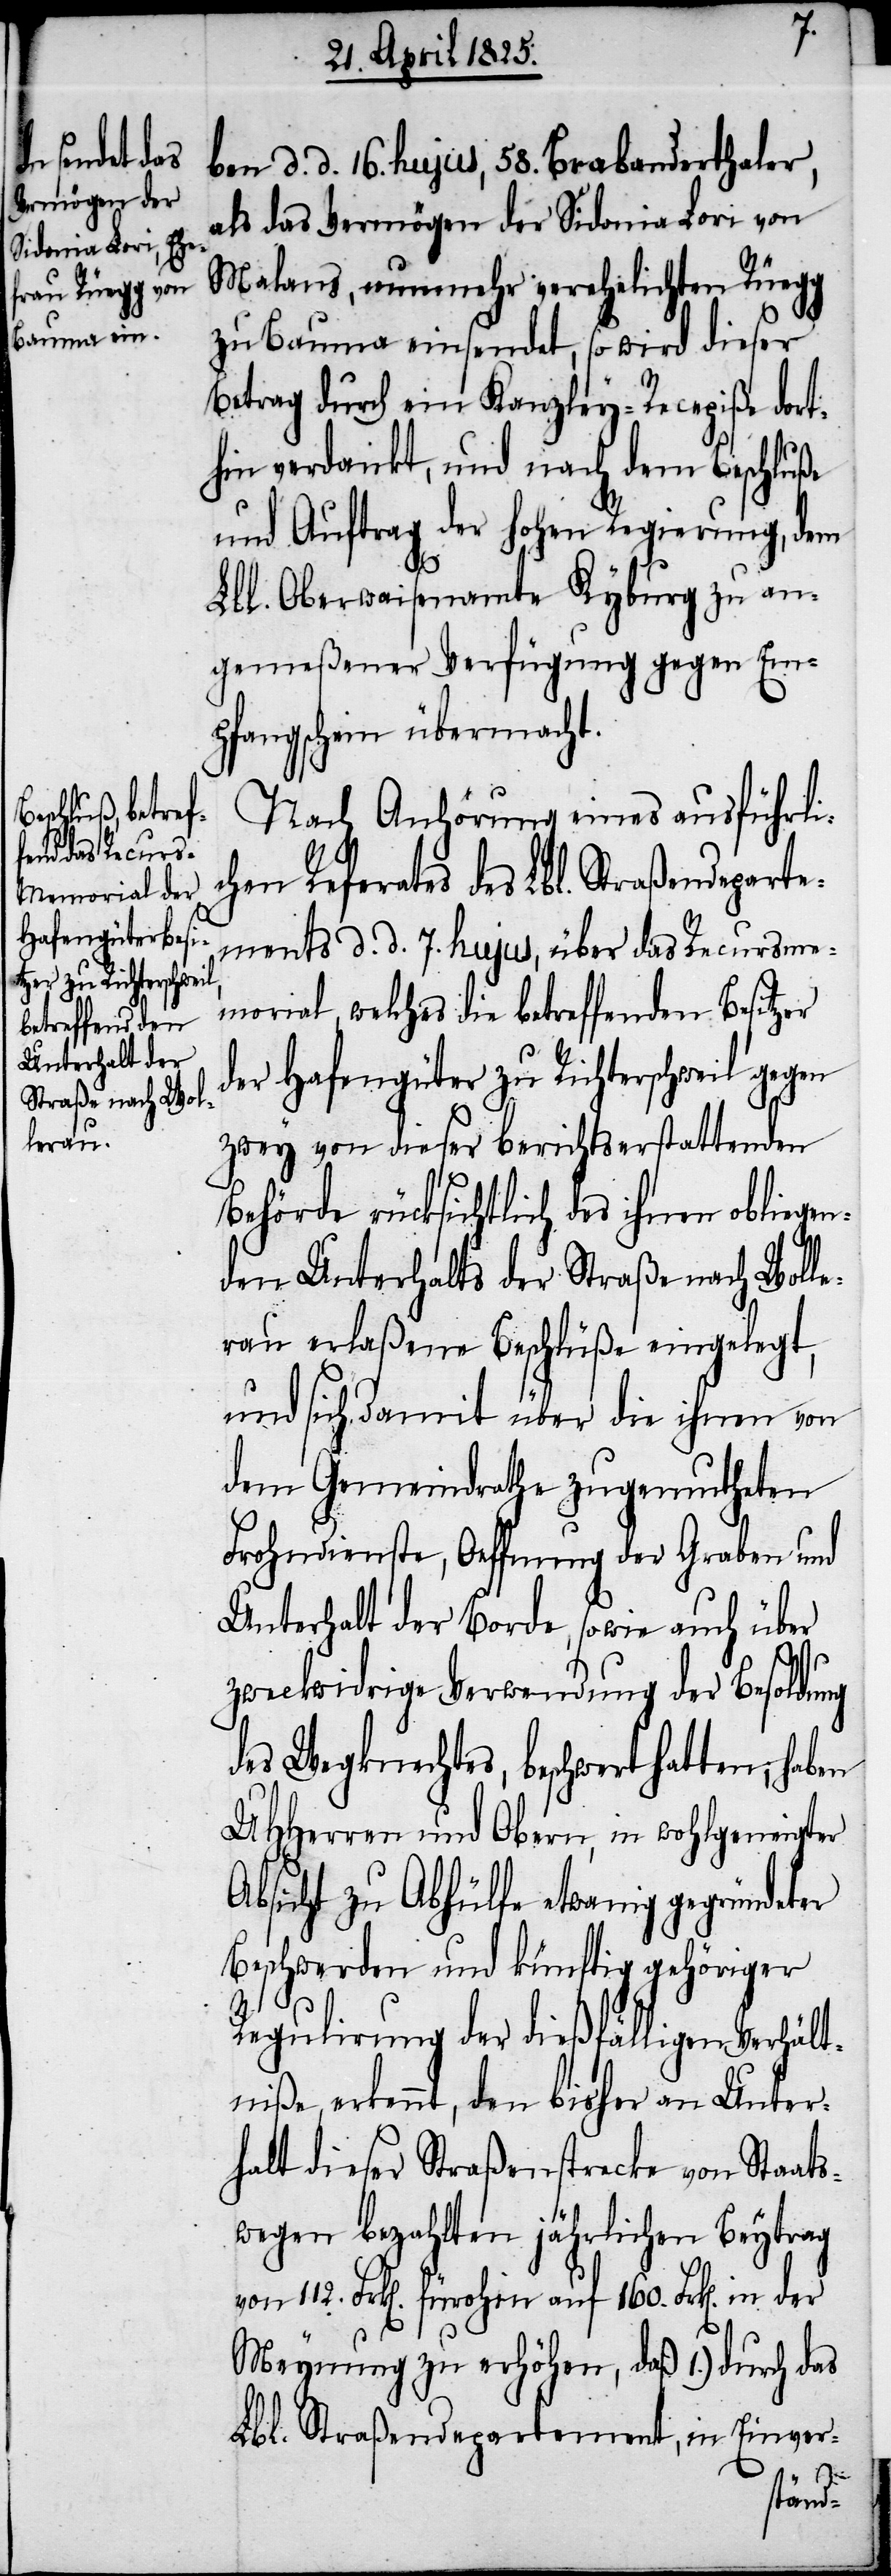
ben d. d. 16. hujus, 58. Brabanderthaler,
als das Vermögen der Sidonia Lori von
Malans, nunmehr verehelichten Rüegg
zu Bauma einsendet, so wird dieser
Betrag durch ein Kanzley-Recepiße dort¬
hin verdankt, und nach dem Beschluße
und Auftrag der hohen Regierung, dem
Lbl. Oberwaisenamte Kyburg zu an¬
gemeßener Verfügung gegen Em¬
pfangschein übermacht.
Nach Anhörung eines ausführli¬
chen Referates des Lbl. Straßendeparte¬
ments d. d. 7. hujus, über das Recursme¬
morial, welches die betreffenden Besitzer
der Hafengüter zu Richterschweil gegen
zwey von dieser berichtserstattenden
Behörde rücksichtlich des ihnen obliegen¬
den Unterhalts der Straße nach Wolle¬
rau erlaßene Beschlüße eingelegt,
und sich damit über die ihnen von
dem Gemeindrathe zugemutheten
Frohndienste, Oeffnung der Graben und
Unterhalt der Borde, sowie auch über
zweckwidrige Verwendung der Besoldung
des Wegknechtes, beschwert hatten; haben
UHHerren und Obern, in wohlgeneigter
Absicht zu Abhülfe etwaig gegründeter
Beschwerden und künftig gehöriger
Regulirung der dießfälligen Verhält¬
niße, erkennt, den bisher an Unter¬
halt dieser Straßenstrecke von Staats¬
wegen bezahlten jährlichen Beytrag
Meynung zu erhöhen, daß 1.) durch das
Lbl. Straßendepartement, in Einver-
der